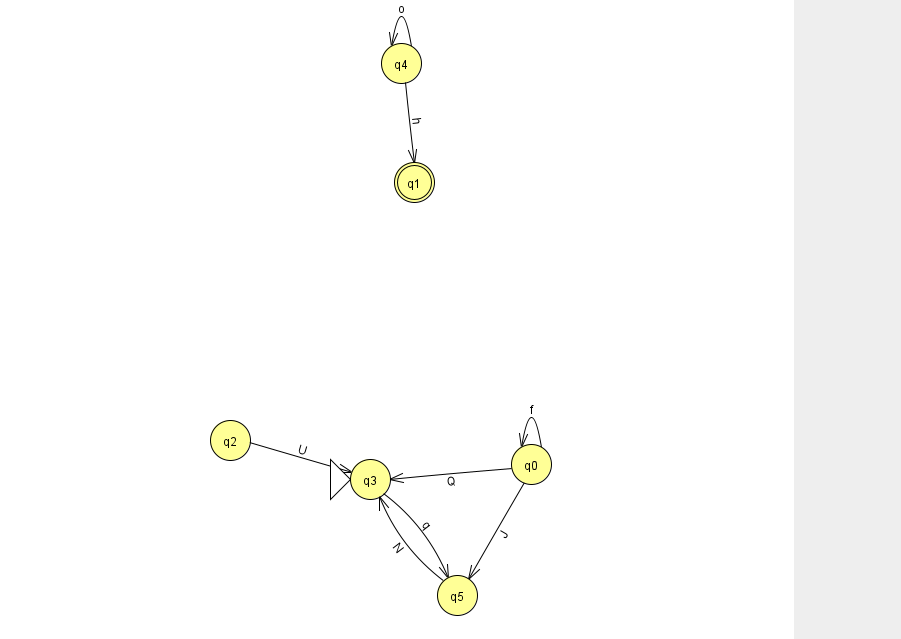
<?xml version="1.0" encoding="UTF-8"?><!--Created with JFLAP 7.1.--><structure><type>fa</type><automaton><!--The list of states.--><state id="0" name="q0"><x>531.0</x><y>451.0</y></state><state id="1" name="q1"><x>414.0</x><y>169.0</y><final/></state><state id="2" name="q2"><x>230.0</x><y>427.0</y></state><state id="3" name="q3"><x>370.0</x><y>466.0</y><initial/></state><state id="4" name="q4"><x>401.0</x><y>50.0</y></state><state id="5" name="q5"><x>457.0</x><y>582.0</y></state><!--The list of transitions.--><transition><from>0</from><to>5</to><read>J</read></transition><transition><from>5</from><to>3</to><read>N</read></transition><transition><from>0</from><to>3</to><read>Q</read></transition><transition><from>0</from><to>0</to><read>f</read></transition><transition><from>4</from><to>1</to><read>h</read></transition><transition><from>2</from><to>3</to><read>U</read></transition><transition><from>3</from><to>5</to><read>q</read></transition><transition><from>4</from><to>4</to><read>o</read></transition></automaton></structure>